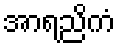
အာရညိကံ